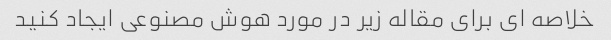
خلاصه ای برای مقاله زیر در مورد هوش مصنوعی ایجاد کنید